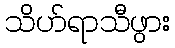
သိဟ်ရာသီဖွား